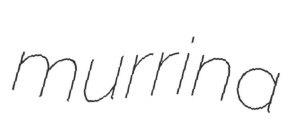
murrina